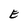
Character: E